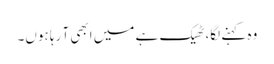
وہ کہنے لگا، ٹھیک ہے میں ابھی آ رہا ہوں۔